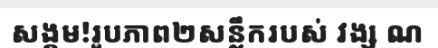
សង្គម!រូបភាព២សន្លឹករបស់ វង្ស ណ